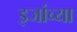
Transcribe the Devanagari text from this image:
इजांच्या